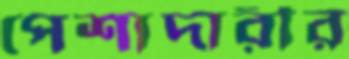
পেশাদারীর